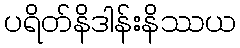
ပရိတ်နိဒါန်းနိဿယ